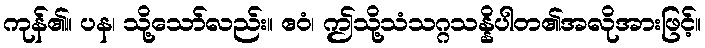
ကုန်၏။ ပန၊ သို့သော်လည်း။ ဧဝံ၊ ဤသို့သံသဂ္ဂသန္နိပါတ၏အလိုအားဖြင့်။